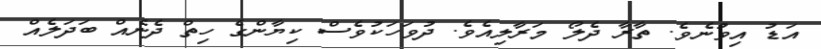
އަޑު އިވުނެވެ. ތާރާ ދެލޯ މަރާލިއެވެ. ދުވަހަކުވެސް ކިޔާންގެ ހިތް ދެނެއް ބަދަލެއް